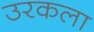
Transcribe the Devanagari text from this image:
उरकला